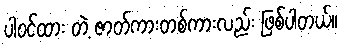
ပါဝင်ထား တဲ့ ဇာတ်ကားတစ်ကားလည်း ဖြစ်ပါတယ်။